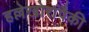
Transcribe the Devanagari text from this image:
हल्लेखोरांपैकी